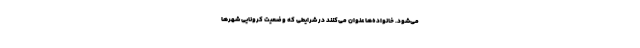
می‌شود. خانواده‌ها عنوان می‌کنند در شرایطی که وضعیت کرونایی شهرها